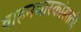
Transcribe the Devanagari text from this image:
वाहनधारकांसाठी